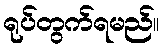
ရုပ်တွက်ရမည်။